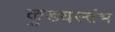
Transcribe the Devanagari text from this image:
कुड्यस्तंभ